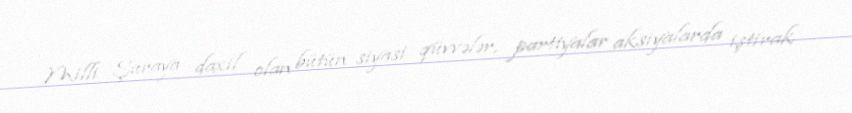
Milli Şuraya daxil olan bütün siyasi qüvvələr, partiyalar aksiyalarda iştirak